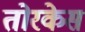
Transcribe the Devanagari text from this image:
तोरकेस